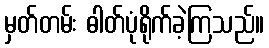
မှတ်တမ်း ဓါတ်ပုံရိုက်ခဲ့ကြသည်။